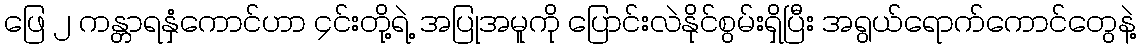
ဖြေ ၂ ကန္တာရနှံကောင်ဟာ ၄င်းတို့ရဲ့ အပြုအမူကို ပြောင်းလဲနိုင်စွမ်းရှိပြီး အရွယ်ရောက်ကောင်တွေနဲ့